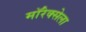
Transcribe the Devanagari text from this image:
मॉरेक्सेला